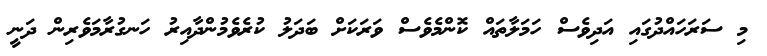
މި ސަރަހައްދުގައި އަދިވެސް ހަމަލާތައް ކޮންމެވެސް ވަރަކަށް ބަދަލު ކުރެވެމުންދާއިރު ހަނގުރާމަވެރިން ދަނީ